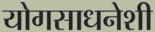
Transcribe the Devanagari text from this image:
योगसाधनेशी